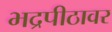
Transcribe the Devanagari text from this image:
भद्रपीठावर